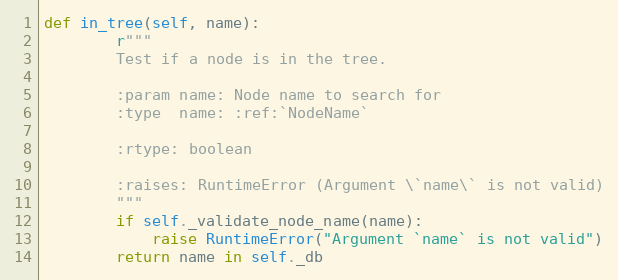
Language: Python
def in_tree(self, name):
        r"""
        Test if a node is in the tree.

        :param name: Node name to search for
        :type  name: :ref:`NodeName`

        :rtype: boolean

        :raises: RuntimeError (Argument \`name\` is not valid)
        """
        if self._validate_node_name(name):
            raise RuntimeError("Argument `name` is not valid")
        return name in self._db